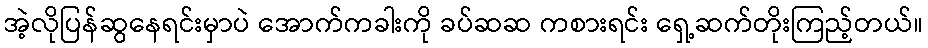
အဲ့လိုပြန်ဆွနေရင်းမှာပဲ အောက်ကခါးကို ခပ်ဆဆ ကစားရင်း ရှေ့ဆက်တိုးကြည့်တယ်။